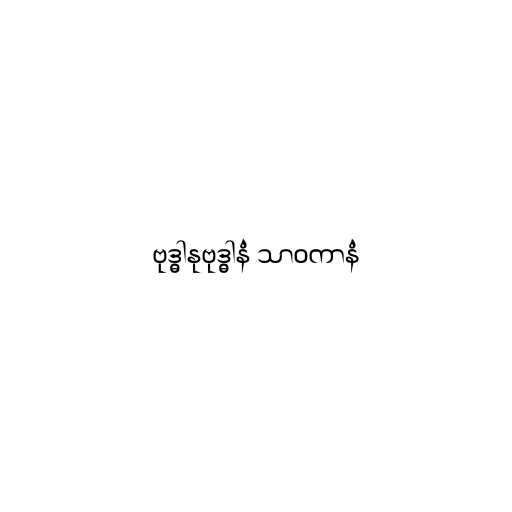
ဗုဒ္ဓါနုဗုဒ္ဓါနံ သာဝကာနံ